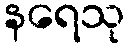
နရေသု